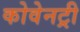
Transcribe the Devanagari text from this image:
कोवेनट्री